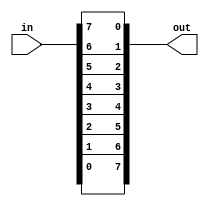
/*
Given an 8-bit input vector [7:0], reverse its bit ordering.

See also: Reversing a longer vector.
*/

module top_module (
	input [7:0] in,
	output [7:0] out
);
	
	assign {out[0],out[1],out[2],out[3],out[4],out[5],out[6],out[7]} = in;
	
	/*
	// I know you're dying to know how to use a loop to do this:

	// Create a combinational always block. This creates combinational logic that computes the same result
	// as sequential code. for-loops describe circuit *behaviour*, not *structure*, so they can only be used 
	// inside procedural blocks (e.g., always block).
	// The circuit created (wires and gates) does NOT do any iteration: It only produces the same result
	// AS IF the iteration occurred. In reality, a logic synthesizer will do the iteration at compile time to
	// figure out what circuit to produce. (In contrast, a Verilog simulator will execute the loop sequentially
	// during simulation.)
	always @(*) begin	
		for (int i=0; i<8; i++)	// int is a SystemVerilog type. Use integer for pure Verilog.
			out[i] = in[8-i-1];
	end


	// It is also possible to do this with a generate-for loop. Generate loops look like procedural for loops,
	// but are quite different in concept, and not easy to understand. Generate loops are used to make instantiations
	// of "things" (Unlike procedural loops, it doesn't describe actions). These "things" are assign statements,
	// module instantiations, net/variable declarations, and procedural blocks (things you can create when NOT inside 
	// a procedure). Generate loops (and genvars) are evaluated entirely at compile time. You can think of generate
	// blocks as a form of preprocessing to generate more code, which is then run though the logic synthesizer.
	// In the example below, the generate-for loop first creates 8 assign statements at compile time, which is then
	// synthesized.
	// Note that because of its intended usage (generating code at compile time), there are some restrictions
	// on how you use them. Examples: 1. Quartus requires a generate-for loop to have a named begin-end block
	// attached (in this example, named "my_block_name"). 2. Inside the loop body, genvars are read only.
	generate
		genvar i;
		for (i=0; i<8; i = i+1) begin: my_block_name
			assign out[i] = in[8-i-1];
		end
	endgenerate
	*/
	
endmodule